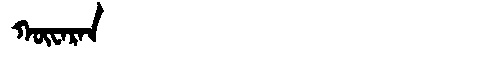
Manchu: ᡴᡡᠸᠠᡵᠠᠨ
Romanization: KŪWARAN